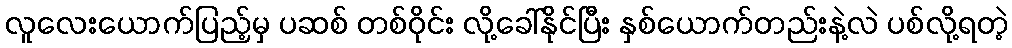
လူလေးယောက်ပြည့်မှ ပဆစ် တစ်ဝိုင်း လို့ခေါ်နိုင်ပြီး နှစ်ယောက်တည်းနဲ့လဲ ပစ်လို့ရတဲ့